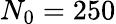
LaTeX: N_{0}=250